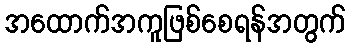
အထောက်အကူဖြစ်စေရန်အတွက်